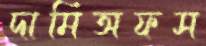
দামিঅফস